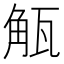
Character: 𮗩